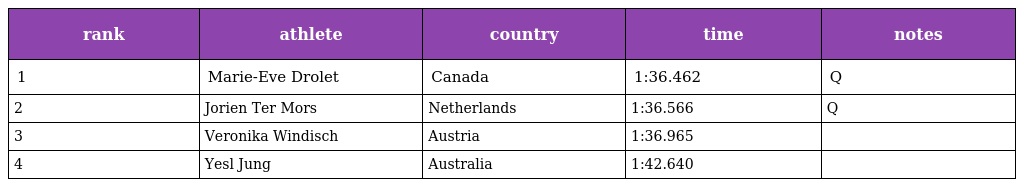
| rank | athlete | country | time | notes |
 | --- | --- | --- | --- | --- |
 | 1 | Marie-Eve Drolet | Canada | 1:36.462 | Q |
 | 2 | Jorien Ter Mors | Netherlands | 1:36.566 | Q |
 | 3 | Veronika Windisch | Austria | 1:36.965 |  |
 | 4 | Yesl Jung | Australia | 1:42.640 |  |